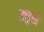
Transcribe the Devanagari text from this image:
लाहुली